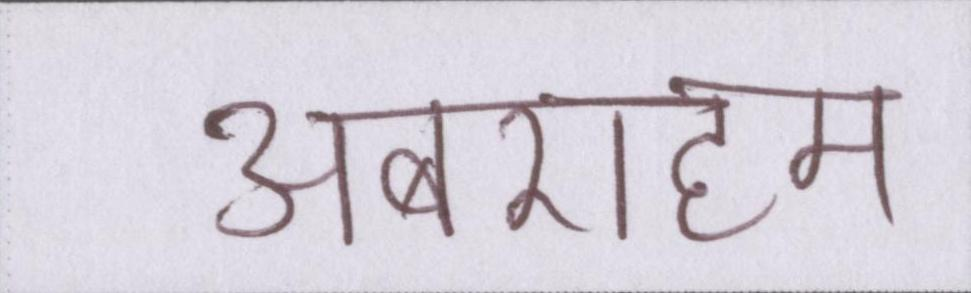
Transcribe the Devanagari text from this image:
अबराहम